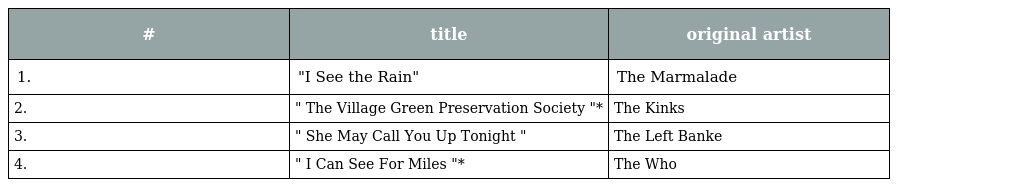
| # | title | original artist |
 | --- | --- | --- |
 | 1. | "I See the Rain" | The Marmalade |
 | 2. | " The Village Green Preservation Society "* | The Kinks |
 | 3. | " She May Call You Up Tonight " | The Left Banke |
 | 4. | " I Can See For Miles "* | The Who |